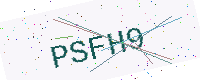
Text: PSFH9